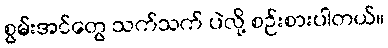
စွမ်းအင်တွေ သက်သက် ပဲလို့ စဉ်းစားပါတယ်။